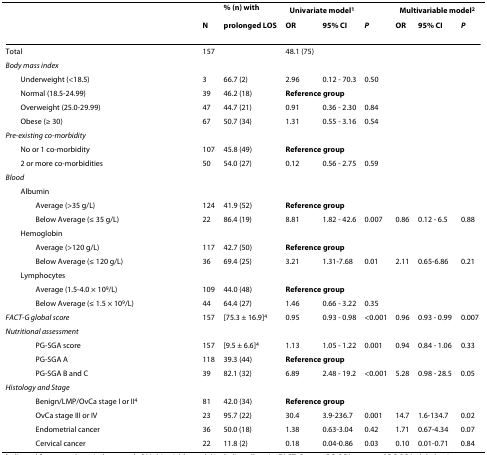
<table><thead><tr><td></td><td></td><td><b>% (n) with</b></td><td colspan="3"><b>Univariate model<sup>1</sup></b></td><td colspan="3"><b>Multivariable model<sup>2</sup></b></td></tr><tr><td></td><td><b>N</b></td><td><b>prolonged LOS</b></td><td><b>OR</b></td><td><b>95% CI</b></td><td><b><i>P</i></b></td><td><b>OR</b></td><td><b>95% CI</b></td><td><b><i>P</i></b></td></tr></thead><tbody><tr><td>Total</td><td>157</td><td></td><td>48.1 (75)</td><td></td><td></td><td></td><td></td><td></td></tr><tr><td><i>Body mass index</i></td><td></td><td></td><td></td><td></td><td></td><td></td><td></td><td></td></tr><tr><td> Underweight (&lt;18.5)</td><td>3</td><td>66.7 (2)</td><td>2.96</td><td>0.12 - 70.3</td><td>0.50</td><td></td><td></td><td></td></tr><tr><td> Normal (18.5-24.99)</td><td>39</td><td>46.2 (18)</td><td colspan="2"><b>Reference group</b></td><td></td><td></td><td></td><td></td></tr><tr><td> Overweight (25.0-29.99)</td><td>47</td><td>44.7 (21)</td><td>0.91</td><td>0.36 - 2.30</td><td>0.84</td><td></td><td></td><td></td></tr><tr><td> Obese (≥ 30)</td><td>67</td><td>50.7 (34)</td><td>1.31</td><td>0.55 - 3.16</td><td>0.54</td><td></td><td></td><td></td></tr><tr><td><i>Pre-existing co-morbidity</i></td><td></td><td></td><td></td><td></td><td></td><td></td><td></td><td></td></tr><tr><td> No or 1 co-morbidity</td><td>107</td><td>45.8 (49)</td><td colspan="2"><b>Reference group</b></td><td></td><td></td><td></td><td></td></tr><tr><td> 2 or more co-morbidities</td><td>50</td><td>54.0 (27)</td><td>0.12</td><td>0.56 - 2.75</td><td>0.59</td><td></td><td></td><td></td></tr><tr><td><i>Blood</i></td><td></td><td></td><td></td><td></td><td></td><td></td><td></td><td></td></tr><tr><td> Albumin</td><td></td><td></td><td></td><td></td><td></td><td></td><td></td><td></td></tr><tr><td>Average (&gt;35 g/L)</td><td>124</td><td>41.9 (52)</td><td colspan="2"><b>Reference group</b></td><td></td><td></td><td></td><td></td></tr><tr><td>Below Average (≤ 35 g/L)</td><td>22</td><td>86.4 (19)</td><td>8.81</td><td>1.82 - 42.6</td><td>0.007</td><td>0.86</td><td>0.12 - 6.5</td><td>0.88</td></tr><tr><td> Hemoglobin</td><td></td><td></td><td></td><td></td><td></td><td></td><td></td><td></td></tr><tr><td>Average (&gt;120 g/L)</td><td>117</td><td>42.7 (50)</td><td colspan="2"><b>Reference group</b></td><td></td><td></td><td></td><td></td></tr><tr><td>Below Average (≤ 120 g/L)</td><td>36</td><td>69.4 (25)</td><td>3.21</td><td>1.31-7.68</td><td>0.01</td><td>2.11</td><td>0.65-6.86</td><td>0.21</td></tr><tr><td> Lymphocytes</td><td></td><td></td><td></td><td></td><td></td><td></td><td></td><td></td></tr><tr><td>Average (1.5-4.0 × 10<sup>9</sup>/L)</td><td>109</td><td>44.0 (48)</td><td colspan="2"><b>Reference group</b></td><td></td><td></td><td></td><td></td></tr><tr><td>Below Average (≤ 1.5 × 10<sup>9</sup>/L)</td><td>44</td><td>64.4 (27)</td><td>1.46</td><td>0.66 - 3.22</td><td>0.35</td><td></td><td></td><td></td></tr><tr><td><i>FACT-G global score</i></td><td>157</td><td>[75.3 ± 16.9]<sup>4</sup></td><td>0.95</td><td>0.93 - 0.98</td><td>&lt;0.001</td><td>0.96</td><td>0.93 - 0.99</td><td>0.007</td></tr><tr><td><i>Nutritional assessment</i></td><td></td><td></td><td></td><td></td><td></td><td></td><td></td><td></td></tr><tr><td>PG-SGA score</td><td>157</td><td>[9.5 ± 6.6]<sup>4</sup></td><td>1.13</td><td>1.05 - 1.22</td><td>0.001</td><td>0.94</td><td>0.84 - 1.06</td><td>0.33</td></tr><tr><td>PG-SGA A</td><td>118</td><td>39.3 (44)</td><td colspan="2"><b>Reference group</b></td><td></td><td></td><td></td><td></td></tr><tr><td>PG-SGA B and C</td><td>39</td><td>82.1 (32)</td><td>6.89</td><td>2.48 - 19.2</td><td>&lt;0.001</td><td>5.28</td><td>0.98 - 28.5</td><td>0.05</td></tr><tr><td><i>Histology and Stage</i></td><td></td><td></td><td></td><td></td><td></td><td></td><td></td><td></td></tr><tr><td>Benign/LMP/OvCa stage I or II<sup>4</sup></td><td>81</td><td>42.0 (34)</td><td colspan="2"><b>Reference group</b></td><td></td><td></td><td></td><td></td></tr><tr><td>OvCa stage III or IV</td><td>23</td><td>95.7 (22)</td><td>30.4</td><td>3.9-236.7</td><td>0.001</td><td>14.7</td><td>1.6-134.7</td><td>0.02</td></tr><tr><td>Endometrial cancer</td><td>36</td><td>50.0 (18)</td><td>1.38</td><td>0.63-3.04</td><td>0.42</td><td>1.71</td><td>0.67-4.34</td><td>0.07</td></tr><tr><td>Cervical cancer</td><td>22</td><td>11.8 (2)</td><td>0.18</td><td>0.04-0.86</td><td>0.03</td><td>0.10</td><td>0.01-0.71</td><td>0.84</td></tr></tbody></table>